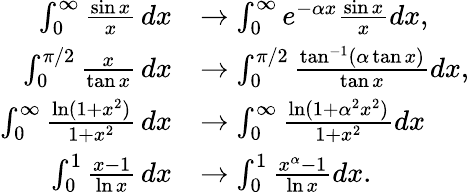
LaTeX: {\begin{array}{rl}{\int_{0}^{\infty}{\frac{\sin x}{x}}\, dx}&{\to\int_{0}^{\infty}e^{-\alpha x}{\frac{\sin x}{x}}dx,}\\ {\int_{0}^{\pi/2}{\frac{x}{\tan x}}\, dx}&{\to\int_{0}^{\pi/2}{\frac{\tan^{-1}(\alpha\tan x)}{\tan x}}dx,}\\ {\int_{0}^{\infty}{\frac{\ln(1+x^{2})}{1+x^{2}}}\, dx}&{\to\int_{0}^{\infty}{\frac{\ln(1+\alpha^{2}x^{2})}{1+x^{2}}}dx}\\ {\int_{0}^{1}{\frac{x-1}{\ln x}}\, dx}&{\to\int_{0}^{1}{\frac{x^{\alpha}-1}{\ln x}}dx.}\end{array}}